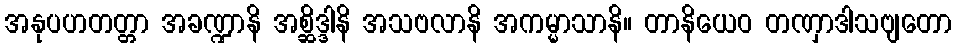
အနုပဟတတ္တာ အခဏ္ဍာနိ အစ္ဆိဒ္ဒါနိ အသဗလာနိ အကမ္မာသာနိ။ တာနိယေဝ တဏှာဒါသဗျတော